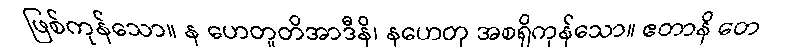
ဖြစ်ကုန်သော။ န ဟေတူတိအာဒီနိ၊ နဟေတု အစရှိကုန်သော။ ဧတာနိ တေ